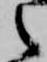
之